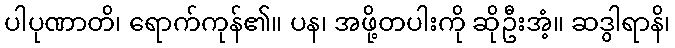
ပါပုဏာတိ၊ ရောက်ကုန်၏။ ပန၊ အဖို့တပါးကို ဆိုဦးအံ့။ ဆဒွါရာနိ၊